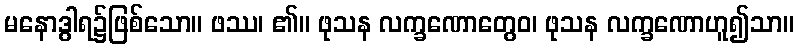
မနောဒွါရ၌ဖြစ်သော။ ဖဿ၊ ၏။ ဖုသန လက္ခဏောတွေဝ၊ ဖုသန လက္ခဏောဟူ၍သာ။